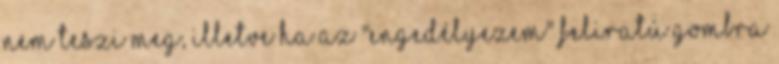
nem teszi meg, illetve ha az "Engedélyezem" feliratú gombra